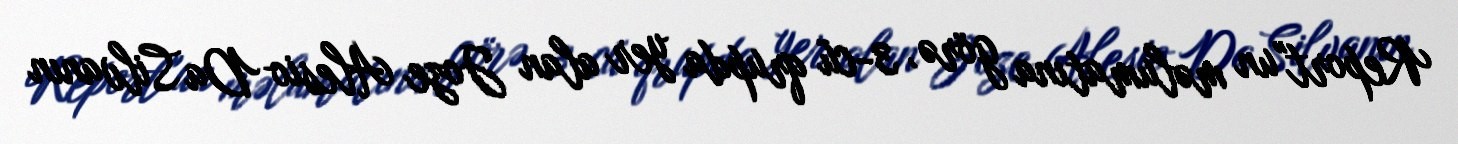
Report"un məlumatına görə, 3-cü qrupda yer alan Joze Alesio Da Silvanın